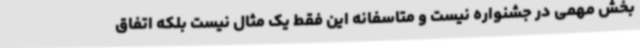
بخش مهمی در جشنواره نیست و متاسفانه این فقط یک مثال نیست بلکه اتفاق